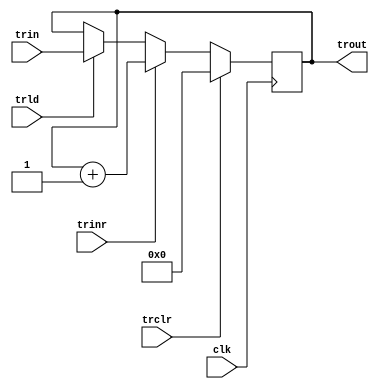
`timescale 1ns/100ps

module tr(trld, trclr, trinr, clk, trin, trout);

input [15:0] trin;
output [15:0] trout;
input trclr, trinr, trld;
input clk;

reg [15:0] r_tr;

initial
begin
	r_tr <= 0;
end

assign trout = r_tr;

always@(posedge clk)
begin
	if(trclr) r_tr <= 0;
	else if(trinr) r_tr <= r_tr + 1;
	else if(trld) #5 r_tr <= trin;
end

endmodule